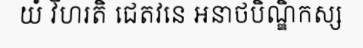
យំ វិហរតិ ជេតវនេ អនាថបិណ្ឌិកស្ស